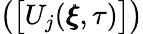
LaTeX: \big(\big[U_{j}(\pmb{\xi},\tau)\big]\big)